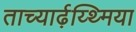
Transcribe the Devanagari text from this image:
ताच्यार्ढ़य्थ्मिया